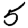
Digit: 5